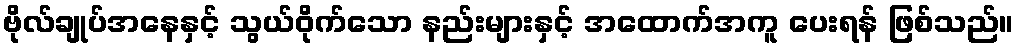
ဗိုလ်ချုပ်အနေနှင့် သွယ်ဝိုက်သော နည်းများနှင့် အထောက်အကူ ပေးရန် ဖြစ်သည်။